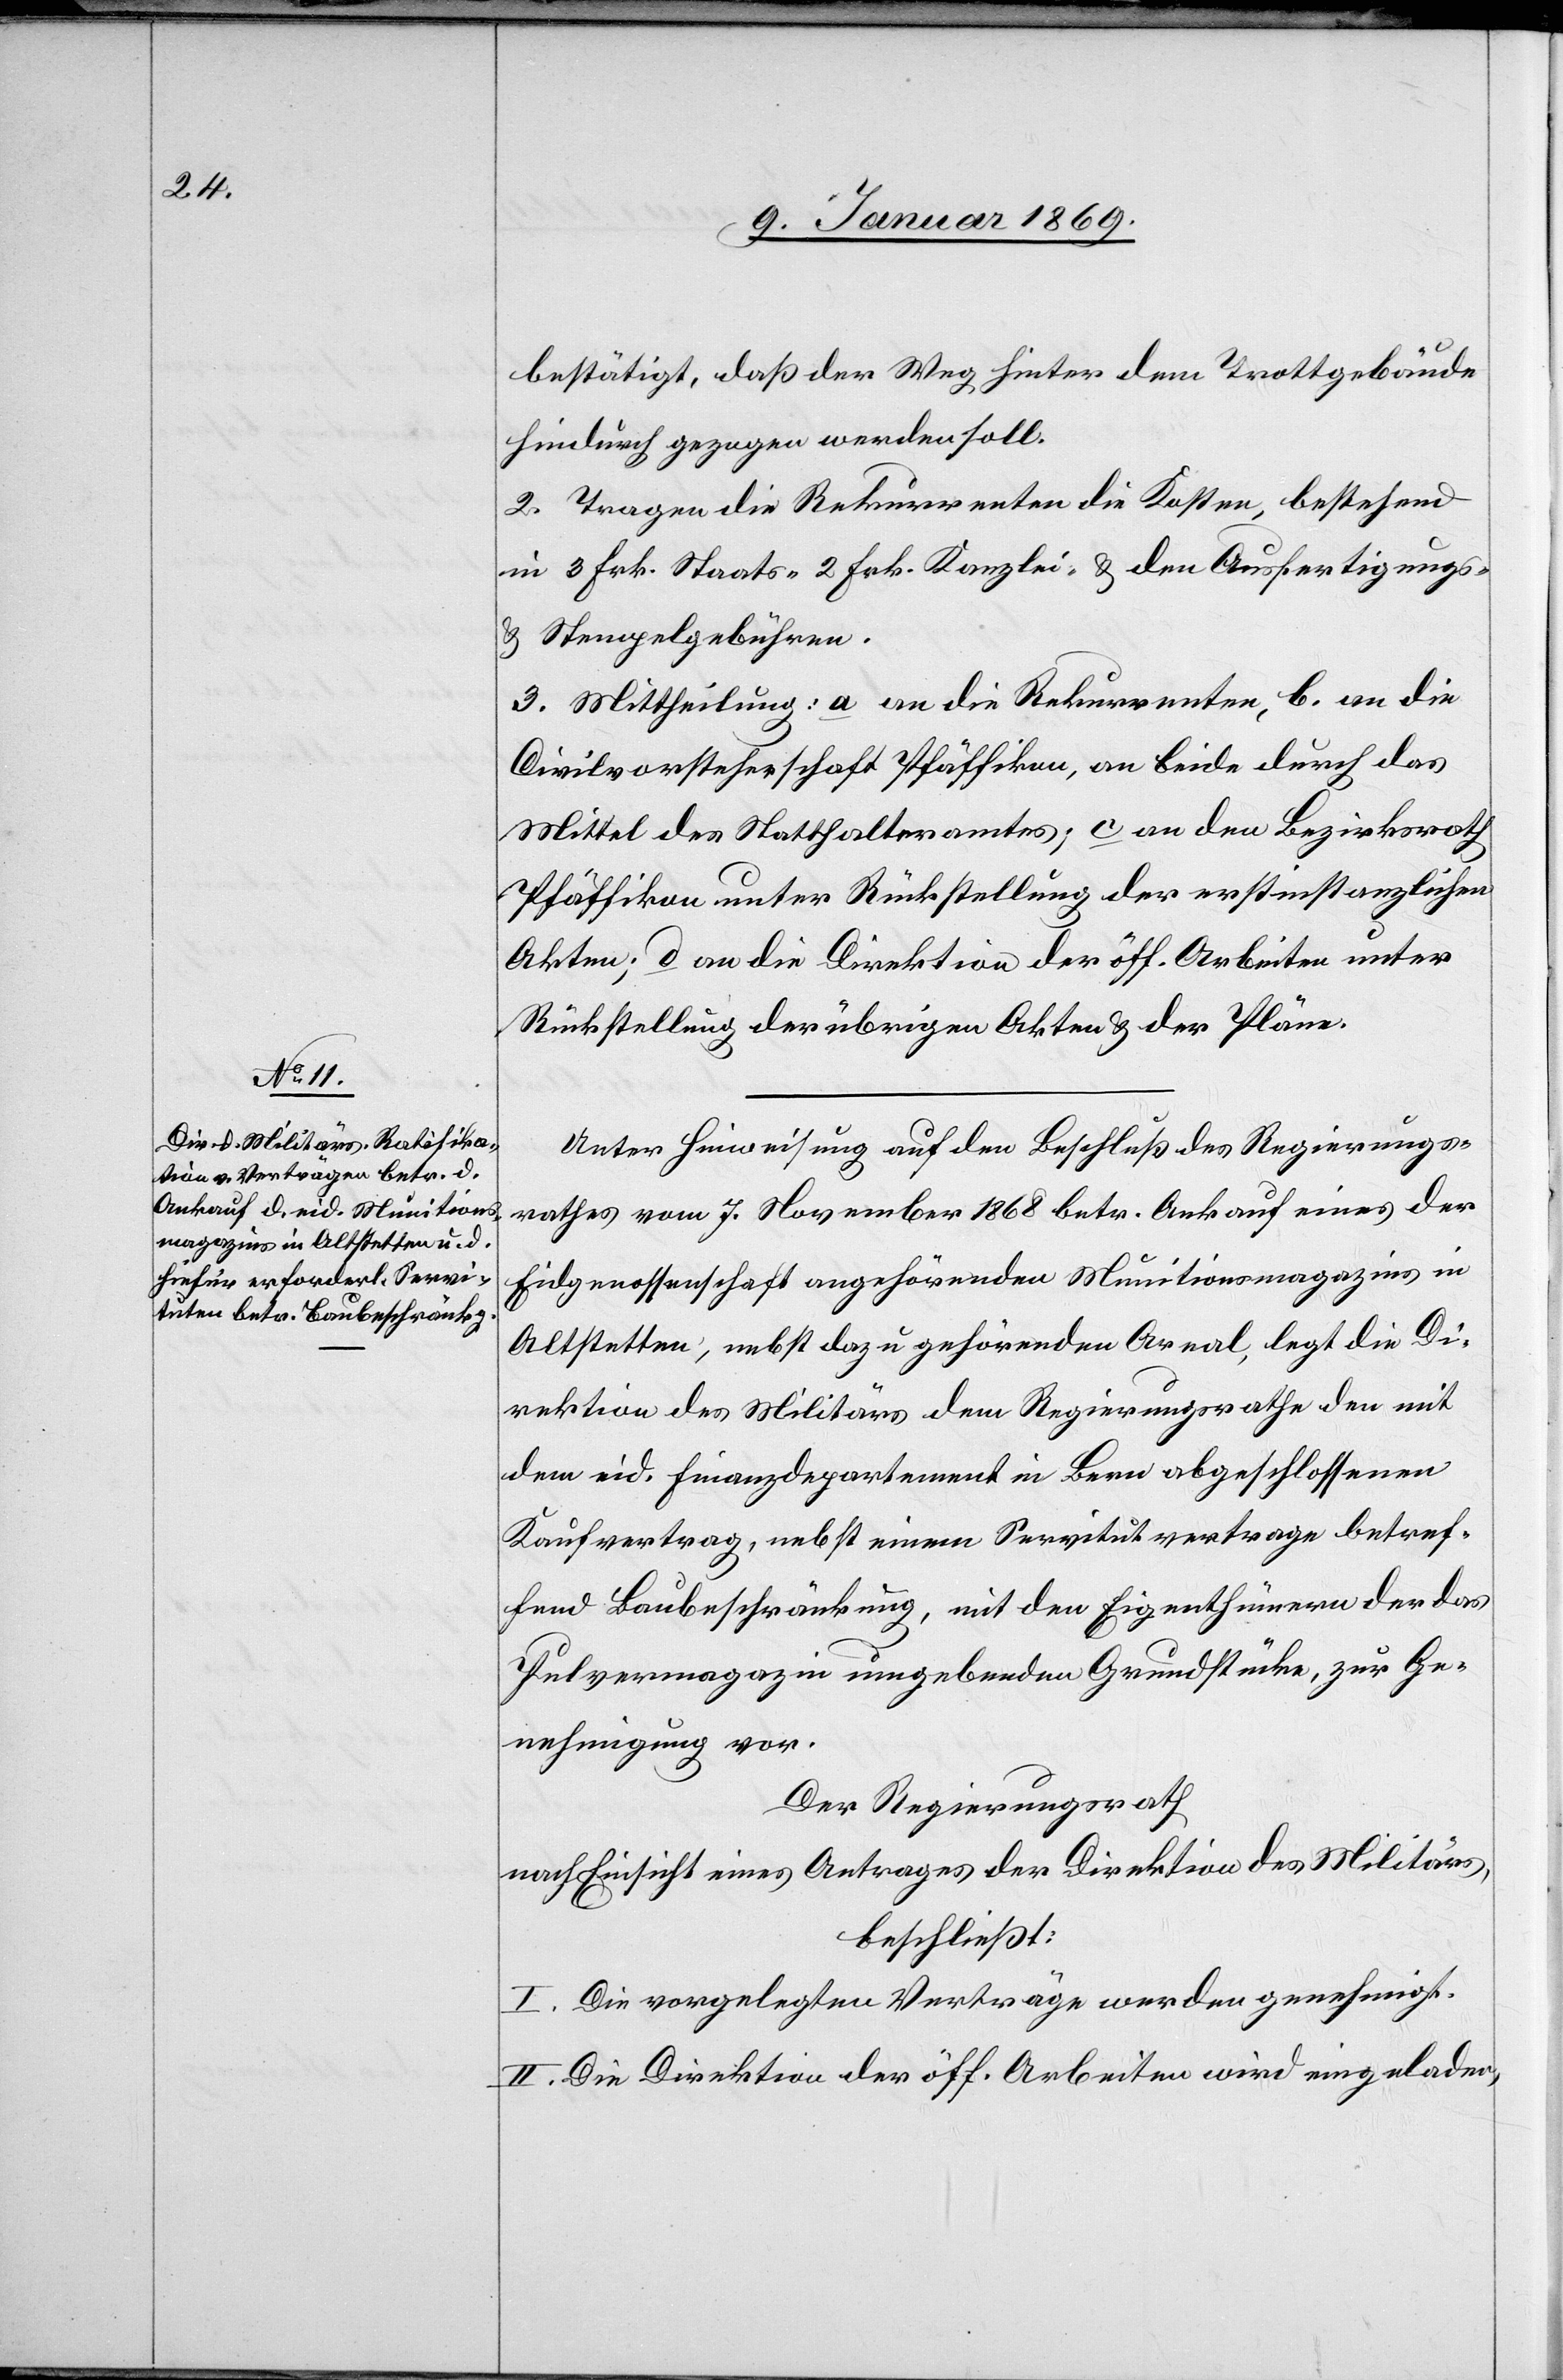
bestätigt, daß der Weg hinter dem Trottgebäude
hindurch gezogen werden soll.
2. Tragen die Rekurrenten die Kosten, bestehend
in 3 Frk. Staats- 2 Frk. Kanzlei- u. den Ausfertigungs-
u. Stempelgebühren.
3. Mittheilung: a. an die Rekurrenten, b. an die
Civilvorsteherschaft Pfäffikon, an beide durch das
Mittel des Statthalteramtes, c. an den Bezirksrath
Pfäffikon unter Rückstellung der erstinstanzlichen
Akten; d. an die Direktion der öff. Arbeiten unter
Rückstellung der übrigen Akten u. der Pläne.
Unter Hinweisung auf den Beschluß des Regierungs¬
rathes vom 7. November 1868 betr. Ankauf eines der
Eidgenossenschaft angehörenden Munitionsmagazins in
Altstetten, nebst dazu gehörenden Areal, legt die Di¬
rektion des Militärs dem Regierungsrathe den mit
dem eid. Finanzdepartement in Bern abgeschlossenen
Kaufvertrag, nebst einem Servitutvertrage betref¬
fend Baubeschränkung, mit dem Eigenthümer der das
Pulvermagazin umgebenden Grundstücke, zur Ge¬
nehmigung vor.
Der Regierungsrath,
nach Einsicht eines Antrages der Direktion des Militärs,
beschließt:
I. Die vorgelegten Verträge werden genehmigt.
II. Die Direktion der öff. Arbeiten wird eingeladen,